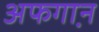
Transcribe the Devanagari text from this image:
अफगा़न